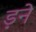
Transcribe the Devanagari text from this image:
ड़ने